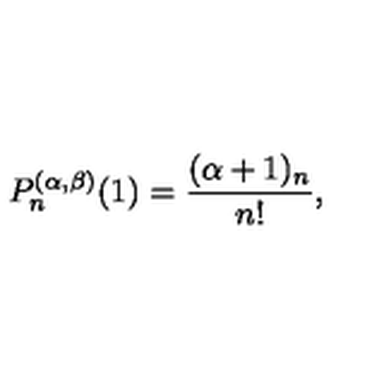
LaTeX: P _ { n } ^ { ( \alpha , \beta ) } ( 1 ) = \frac { ( \alpha + 1 ) _ { n } } { n ! } ,